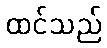
ထင်သည်